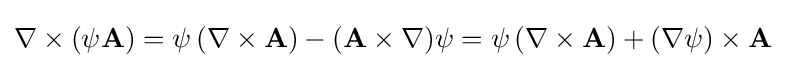
\nabla \times \left(\psi \mathbf {A} \right)=\psi \,(\nabla \times \mathbf {A} )-(\mathbf {A} \times \nabla )\psi =\psi \,(\nabla \times \mathbf {A} )+(\nabla \psi )\times \mathbf {A}